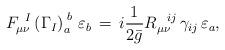
LaTeX: \begin{align*} F_{\mu \nu}^{\;\;I} \left(\Gamma_I\right)_a^{\;b}\,\varepsilon_b\,=\,i\frac{1}{2\bar{g}}R_{\mu \nu}^{\;\;\;ij}\,\gamma_{ij}\,\varepsilon_a,\end{align*}